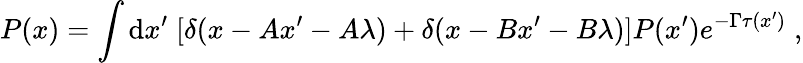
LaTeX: P(x)=\int\mathrm{d}x^{\prime}\; [\delta(x-Ax^{\prime}-A\lambda)+\delta(x-Bx^{\prime}-B\lambda)]P(x^{\prime})e^{-\Gamma\tau(x^{\prime})}\; ,